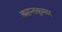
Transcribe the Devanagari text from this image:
बसन्तकुमार